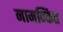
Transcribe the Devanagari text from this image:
नामन्कित